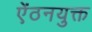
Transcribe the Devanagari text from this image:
ऐंठनयुक्त